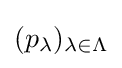
(p_{\lambda })_{\lambda \in \Lambda }